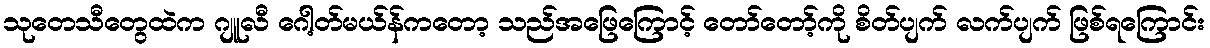
သုတေသီတွေထဲက ဂျူလီ ဂေါ့တ်မယ်န်ကတော့ သည်အဖြေကြောင့် တော်တော့်ကို စိတ်ပျက် လက်ပျက် ဖြစ်ရကြောင်း